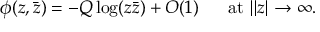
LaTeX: \phi ( z , \bar { z } ) = - Q \log ( z \bar { z } ) + O ( 1 ) \ \ \ \ \ \mathrm { a t } \ \| z | \rightarrow \infty . \nonumber